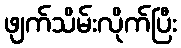
ဖျက်သိမ်းလိုက်ပြီး